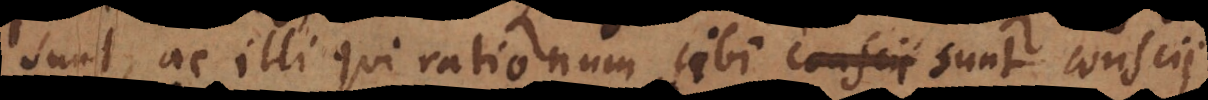
sunt, ac illi qui rationum sibi sunt conscii,